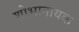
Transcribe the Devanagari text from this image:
शोभानायक